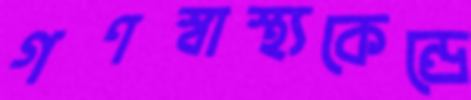
গণস্বাস্থ্যকেন্দ্রে